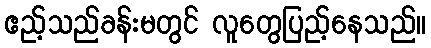
ဧည့်သည်ခန်းမတွင် လူတွေပြည့်နေသည်။